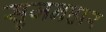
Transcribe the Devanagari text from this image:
सृजनहार